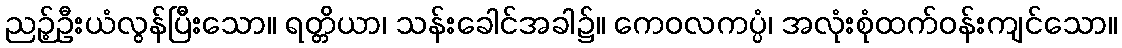
ညဉ့်ဦးယံလွန်ပြီးသော။ ရတ္တိယာ၊ သန်းခေါင်အခါ၌။ ကေဝလကပ္ပံ၊ အလုံးစုံထက်ဝန်းကျင်သော။